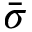
\bar { \sigma }